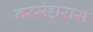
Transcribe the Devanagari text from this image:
नरसंहारास